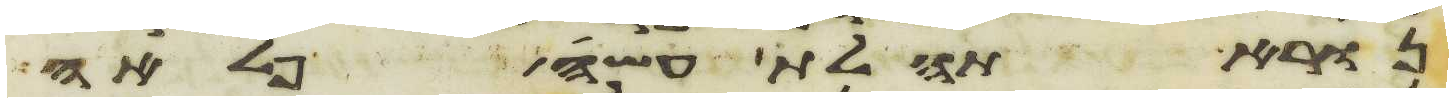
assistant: נורא תהלת עשה פלאה